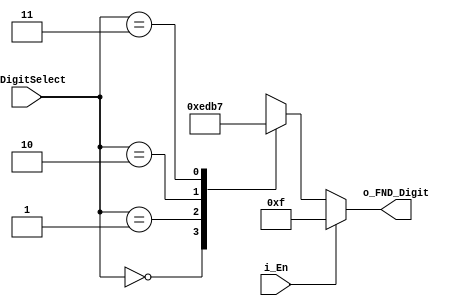
module DigitSelect_Decoder(
    input i_En,
    input [1:0] i_DigitSelect,
    output [3:0] o_FND_Digit
    );

    reg [3:0] o_FND_Digit;

    always @(*)
    begin
        if(i_En)
        o_FND_Digit = 4'b1111;
        
        else
        begin
            case (i_DigitSelect)
                2'b00 : o_FND_Digit = 4'b1110;
                2'b01 : o_FND_Digit = 4'b1101;
                2'b10 : o_FND_Digit = 4'b1011;
                2'b11 : o_FND_Digit = 4'b0111;
            endcase
        end
    end
endmodule